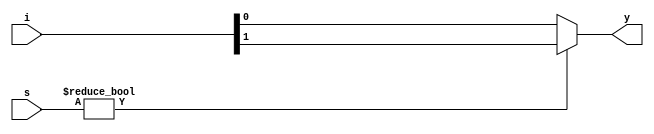
`timescale 1ns / 1ps
//////////////////////////////////////////////////////////////////////////////////
// Company: 
// Engineer: 
// 
// Design Name: 
// Module Name: mux_2x1
// Project Name: 
// Target Devices: 
// Tool Versions: 
// Description: 
// 
// Dependencies: 
// 
// Revision:
// Revision 0.01 - File Created
// Additional Comments:
// 
//////////////////////////////////////////////////////////////////////////////////


module mux_2x1(input [1:0]i,s, output reg y);
always @(*)
begin
if (s)
    y=i[1];
else
    y=i[0];
end
endmodule